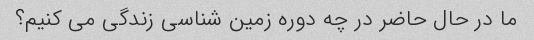
ما در حال حاضر در چه دوره زمین شناسی زندگی می کنیم؟